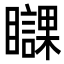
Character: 𥌥